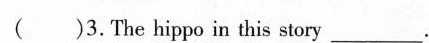
( )3. The hippo in this story___________.